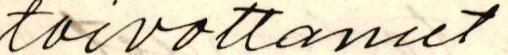
toivottanut